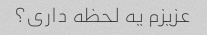
عزیزم یه لحظه داری؟